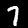
Label: 7